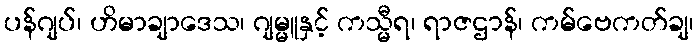
ပန်ဂျပ်၊ ဟိမာချာဒေသ၊ ဂျမ္မူနှင့် ကသ္မီရ၊ ရာဇဌာန်၊ ကမ်ဗေကတ်ချ၊